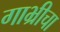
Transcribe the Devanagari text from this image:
गाभ्रीचा